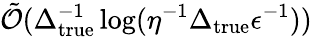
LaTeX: \tilde{\mathcal{O}}(\Delta_{\mathrm{true}}^{-1}\log(\eta^{-1}\Delta_{\mathrm{true}}\epsilon^{-1}))